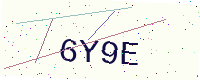
Text: 6Y9E